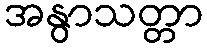
အနွာသတ္တာ